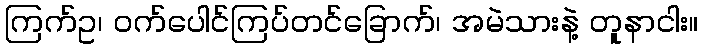
ကြက်ဥ၊ ဝက်ပေါင်ကြပ်တင်ခြောက်၊ အမဲသားနဲ့ တူနာငါး။